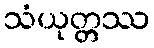
သံယုတ္တဿ